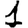
Digit: 1